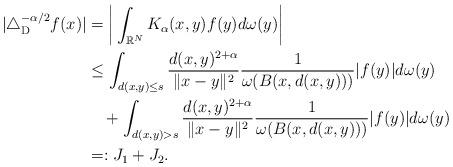
LaTeX: \begin{align*} |\triangle_{\rm D}^{-\alpha/2} f(x)|&= \bigg|\int_{\mathbb R^N} K_\alpha(x,y)f(y)d\omega(y)\bigg|\\&\leq\int_{d(x,y)\leq s} \frac{d(x,y)^{2+\alpha}}{\|x-y\|^2}\frac1{\omega(B(x,d(x,y)))}|f(y)|d\omega(y)\\&\quad+\int_{d(x,y)>s} \frac{d(x,y)^{2+\alpha}}{\|x-y\|^2}\frac1{\omega(B(x,d(x,y)))}|f(y)|d\omega(y)\\&=:J_1+J_2.\end{align*}